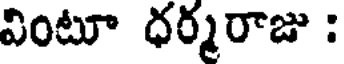
వింటూ ధర్మరాజు :